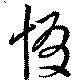
惙